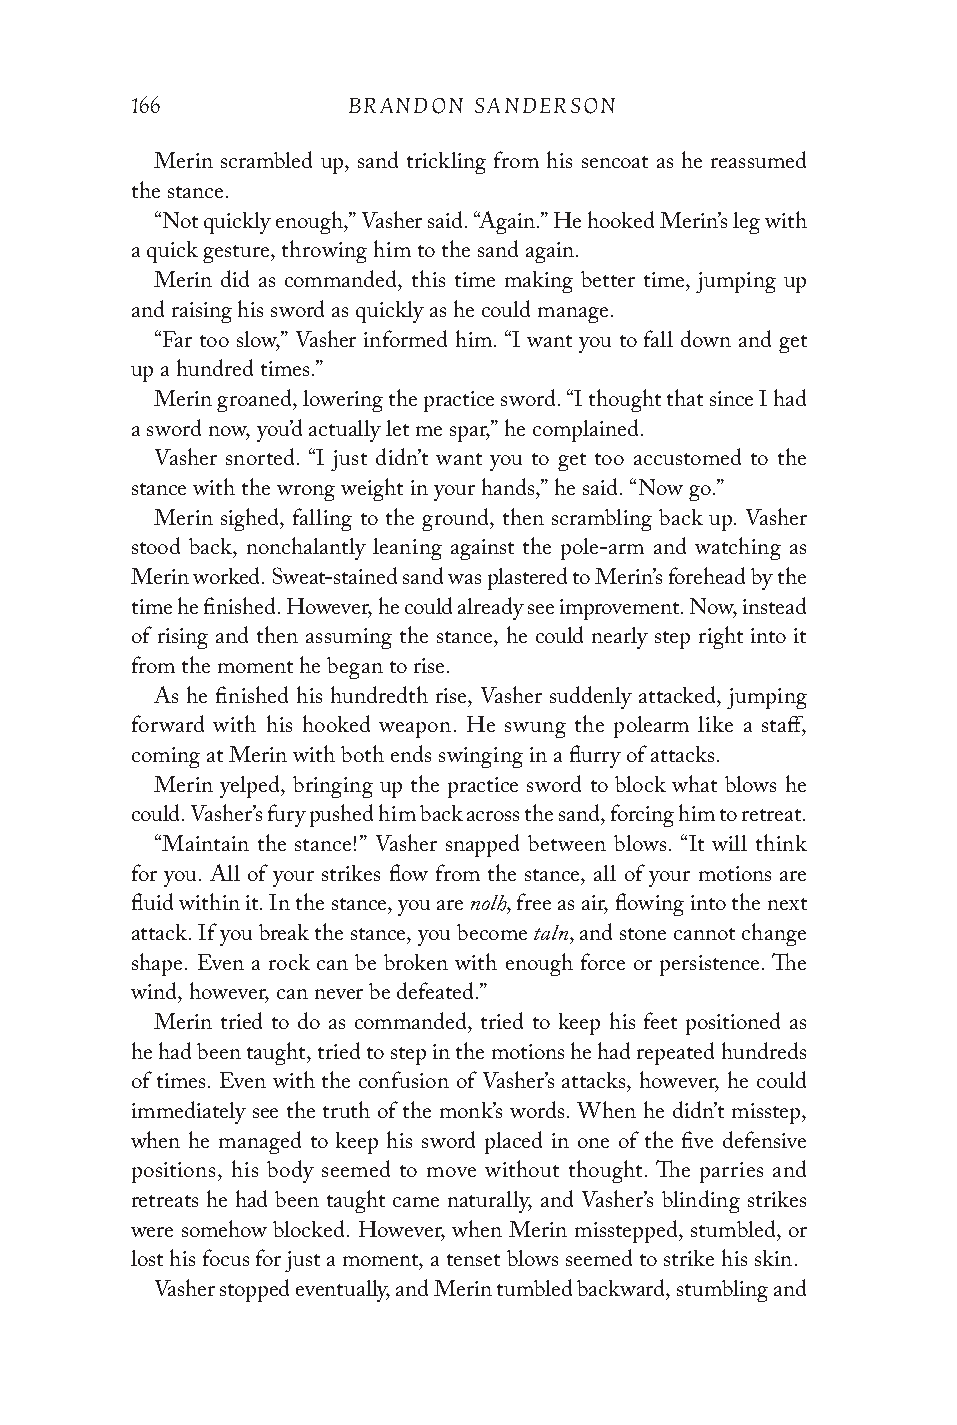
166           BRANDON SANDERSON
 Merin scrambled up, sand trickling from his sencoat as he reassumed
 the stance.
 “Not quickly enough,” Vasher said. “Again.” He hooked Merin’s leg with
 a quick gesture, throwing him to the sand again.
 Merin did as commanded, this time making better time, jumping up
 and raising his sword as quickly as he could manage.
 “Far too slow,” Vasher informed him. “I want you to fall down and get
 up a hundred times.”
 Merin groaned, lowering the practice sword. “I thought that since I had
 a sword now, you’d actually let me spar,” he complained.
 Vasher snorted. “I just didn’t want you to get too accustomed to the
 stance with the wrong weight in your hands,” he said. “Now go.”
 Merin sighed, falling to the ground, then scrambling back up. Vasher
 stood back, nonchalantly leaning against the pole-arm and watching as
 Merin worked. Sweat-stained sand was plastered to Merin’s forehead by the
 time he finished. However, he could already see improvement. Now, instead
 of rising and then assuming the stance, he could nearly step right into it
 from the moment he began to rise.
 As he finished his hundredth rise, Vasher suddenly attacked, jumping
 forward with his hooked weapon. He swung the polearm like a staff,
 coming at Merin with both ends swinging in a flurry of attacks.
 Merin yelped, bringing up the practice sword to block what blows he
 could. Vasher’s fury pushed him back across the sand, forcing him to retreat.
 “Maintain the stance!” Vasher snapped between blows. “It will think
 for you. All of your strikes flow from the stance, all of your motions are
 fluid within it. In the stance, you are nolh, free as air, flowing into the next
 attack. If you break the stance, you become taln, and stone cannot change
 shape. Even a rock can be broken with enough force or persistence. The
 wind, however, can never be defeated.”
 Merin tried to do as commanded, tried to keep his feet positioned as
 he had been taught, tried to step in the motions he had repeated hundreds
 of times. Even with the confusion of Vasher’s attacks, however, he could
 immediately see the truth of the monk’s words. When he didn’t misstep,
 when he managed to keep his sword placed in one of the five defensive
 positions, his body seemed to move without thought. The parries and
 retreats he had been taught came naturally, and Vasher’s blinding strikes
 were somehow blocked. However, when Merin misstepped, stumbled, or
 lost his focus for just a moment, a tenset blows seemed to strike his skin.
 Vasher stopped eventually, and Merin tumbled backward, stumbling and